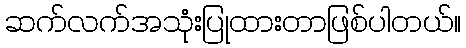
ဆက်လက်အသုံးပြုထားတာဖြစ်ပါတယ်။